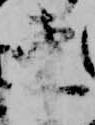
東